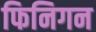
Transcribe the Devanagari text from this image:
फिनिगन